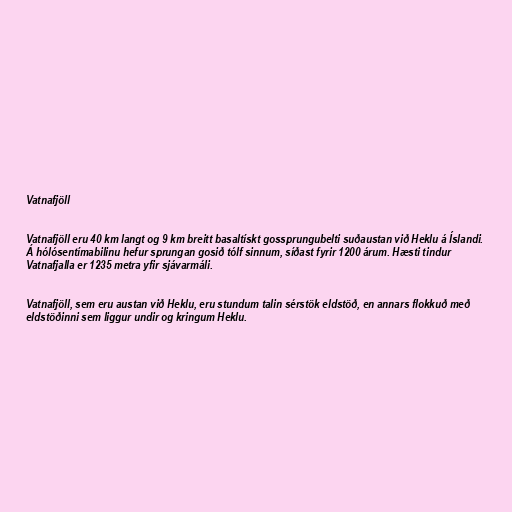
Vatnafjöll

Vatnafjöll eru 40 km langt og 9 km breitt basaltískt gossprungubelti suðaustan við Heklu á Íslandi.
Á hólósentímabilinu hefur sprungan gosið tólf sinnum, síðast fyrir 1200 árum. Hæsti tindur
Vatnafjalla er 1235 metra yfir sjávarmáli.

Vatnafjöll, sem eru austan við Heklu, eru stundum talin sérstök eldstöð, en annars flokkuð með
eldstöðinni sem liggur undir og kringum Heklu.